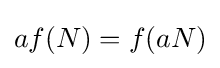
af(N)=f(aN)